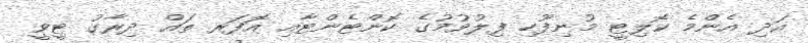
އަދި އެންމެ ކޮލިޓީ މުނިފޫހި ފިލުވުމުގެ ކޮންޓެންޓާއި އޮފަރ ތައް ދިރާގު ޓީވީ